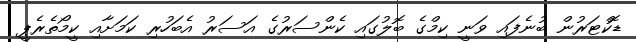
ޑޮކްޓަރުން ބުނެފައި ވަނީ ކިމްގެ ބޮލުގައި ކެންސަރުގެ އަސަރު އެބަހުރި ކަމަށާއި ކީމޯތެރެޕީ